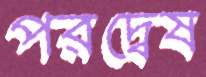
পরদ্বেষ